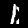
Digit: 1